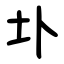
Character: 圤